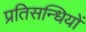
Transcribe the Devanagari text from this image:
प्रतिसन्धियों